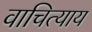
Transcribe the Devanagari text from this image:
वाचित्याय